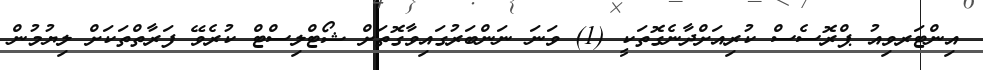
އިންޓަރވިއު ޕްރޮސެސް ކުރިއަށްދާނެގޮތަކީ (1) ވަނަ ނަންބަރުގައިވާގޮތަށް ޝޯޓްލިސްޓް ކުރެވޭ ފަރާތްތަކަށް ލިޔުމުން